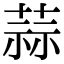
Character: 蒜